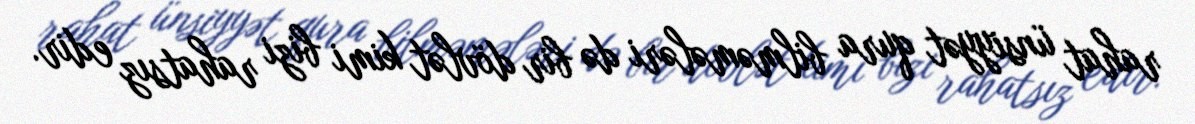
rahat ünsiyyət qura bilməmələri də bir dövlət kimi bizi rahatsız edir.